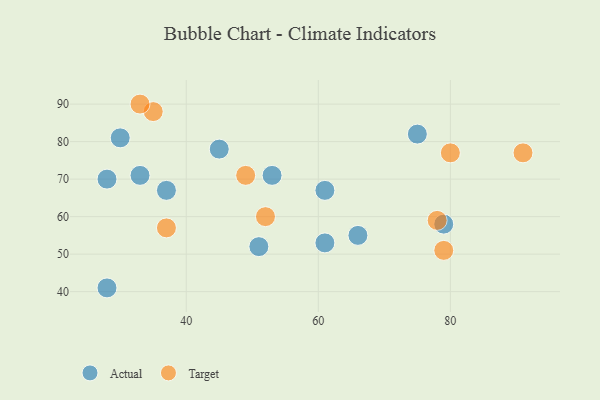
{"axis": {"x": "GDP", "y": "Life Expectancy"}, "legend": ["Actual", "Target"], "data": [{"x": "53", "y": 71, "type": "Actual"}, {"x": "79", "y": 58, "type": "Actual"}, {"x": "28", "y": 70, "type": "Actual"}, {"x": "30", "y": 81, "type": "Actual"}, {"x": "37", "y": 67, "type": "Actual"}, {"x": "61", "y": 53, "type": "Actual"}, {"x": "28", "y": 41, "type": "Actual"}, {"x": "45", "y": 78, "type": "Actual"}, {"x": "75", "y": 82, "type": "Actual"}, {"x": "66", "y": 55, "type": "Actual"}, {"x": "51", "y": 52, "type": "Actual"}, {"x": "61", "y": 67, "type": "Actual"}, {"x": "33", "y": 71, "type": "Actual"}, {"x": "80", "y": 77, "type": "Target"}, {"x": "78", "y": 59, "type": "Target"}, {"x": "49", "y": 71, "type": "Target"}, {"x": "35", "y": 88, "type": "Target"}, {"x": "33", "y": 90, "type": "Target"}, {"x": "91", "y": 77, "type": "Target"}, {"x": "52", "y": 60, "type": "Target"}, {"x": "37", "y": 57, "type": "Target"}, {"x": "79", "y": 51, "type": "Target"}]}